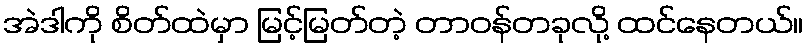
အဲဒါကို စိတ်ထဲမှာ မြင့်မြတ်တဲ့ တာဝန်တခုလို့ ထင်နေတယ်။